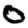
Digit: 0